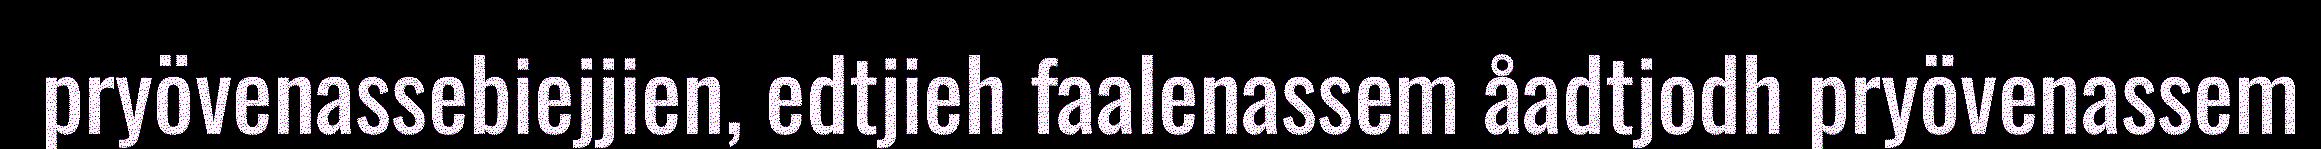
pryövenassebiejjien, edtjieh faalenassem åadtjodh pryövenassem